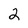
Character: 2